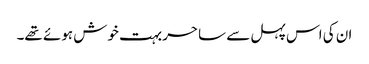
ان کی اس پہل سے ساحر بہت خوش ہوئے تھے۔